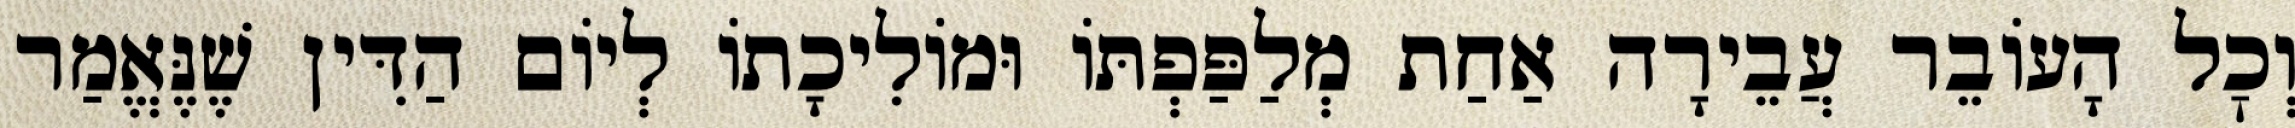
וְכׇל הָעוֹבֵר עֲבֵירָה אַחַת מְלַפַּפְתּוֹ וּמוֹלִיכָתוֹ לְיוֹם הַדִּין שֶׁנֶּאֱמַר